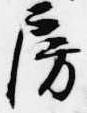
房